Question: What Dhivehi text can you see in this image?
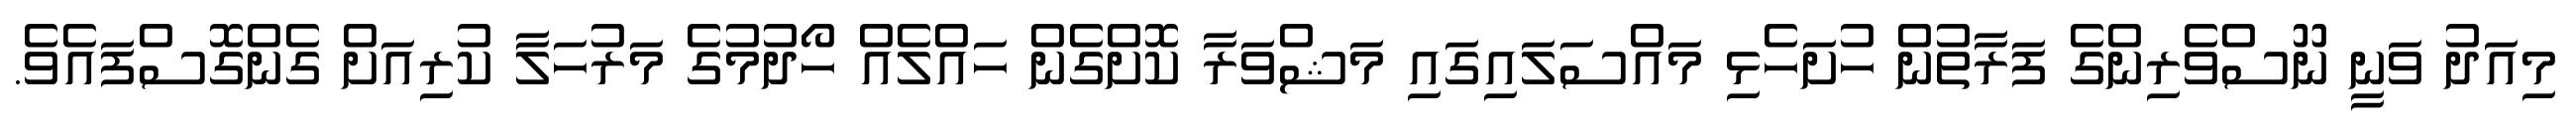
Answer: މިއަދު ވަނީ ނޫސްވެރިންގެ ފަރާތުން ހުށަހެޅި މައްސަލައިގައި މަޝްވަރާ ކޮށްގެން ހައްލެއް ހޯދުމުގެ މަރުހަލާ ކުރިއަށް ގެންގޮސްފައެވެ.